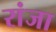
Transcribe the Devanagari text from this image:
रांजा